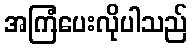
အကြံပေးလိုပါသည်